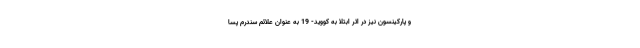
و پارکینسون نیز در اثر ابتلا به کووید- 19 به عنوان علائم سندرم پسا